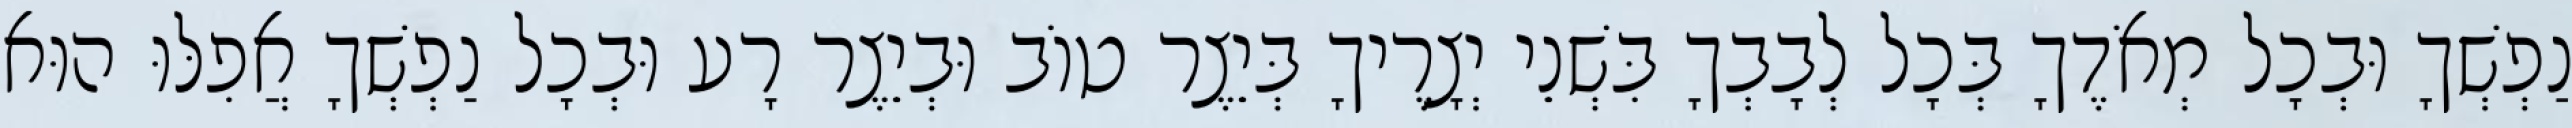
נַפְשְׁךָ וּבְכָל מְאֹדֶךָ בְּכָל לְבָבְךָ בִּשְׁנֵי יְצָרֶיךָ בְּיֵצֶר טוֹב וּבְיֵצֶר רָע וּבְכָל נַפְשְׁךָ אֲפִלּוּ הוּא